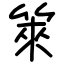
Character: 箂